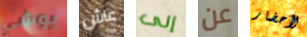
يوشي عاش إلى عن لأحضار